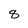
Character: 8